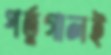
পর্তুগালই